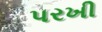
પરખી